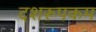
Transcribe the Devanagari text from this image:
दशरूपकम